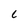
Character: C